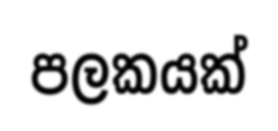
පලකයක්